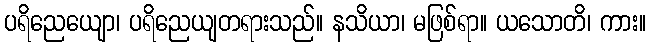
ပရိညေယျော၊ ပရိညေယျတရားသည်။ နသိယာ၊ မဖြစ်ရာ။ ယသောတိ၊ ကား။